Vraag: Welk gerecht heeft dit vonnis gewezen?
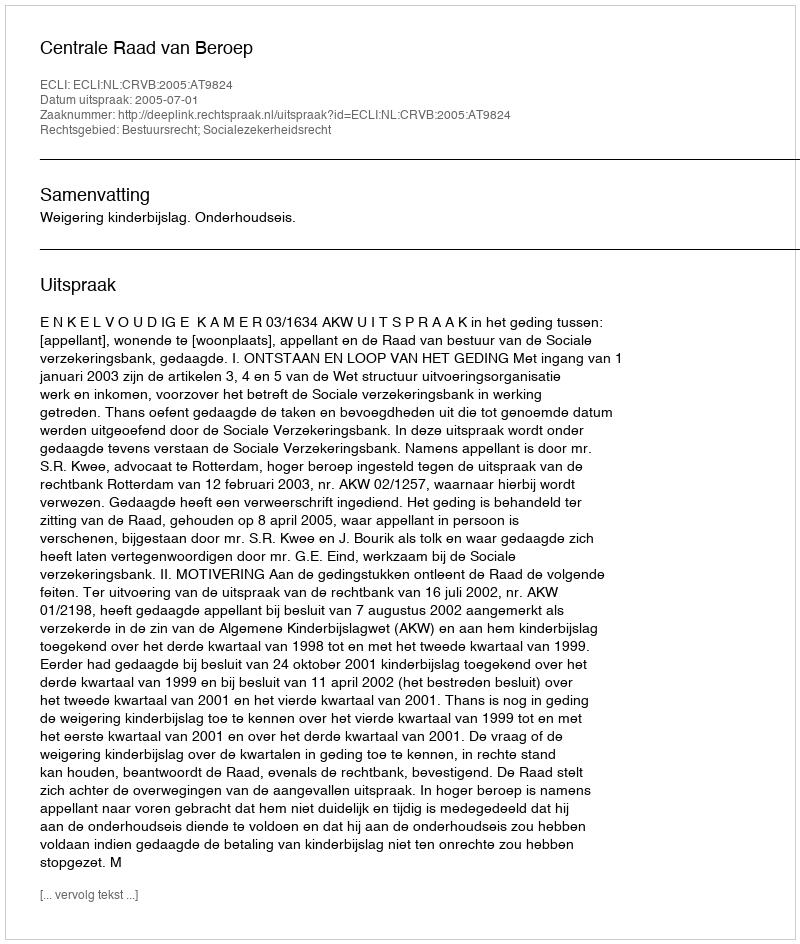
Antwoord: Centrale Raad van Beroep